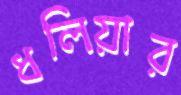
ধলিয়ার